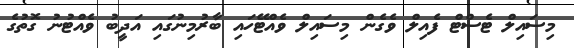
މިސައިލް ޓެސްޓް ފެއިލް ވެގެން މިސައިލް ވެއްޓޭހައި ބާރުމިނުގައި އަދީބު ވެއްޓުނު ގޮތުގެ